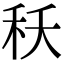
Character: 秗